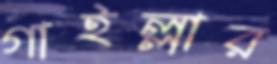
গাইল্লার